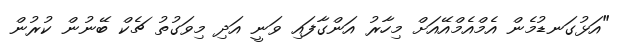
"އަޅުގަނޑުމެން އެމްއެމްއޭއަށް މިހާރު އަންގާފައި ވަނީ އަދި މިވަގުތު ޗެކް ބޭނުން ކުރުން